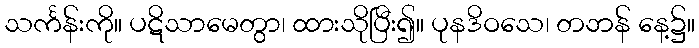
သင်္ကန်းကို။ ပဋိသာမေတွာ၊ ထားသိုပြီး၍။ ပုနဒိဝသေ၊ တဘန် နေ့၌။